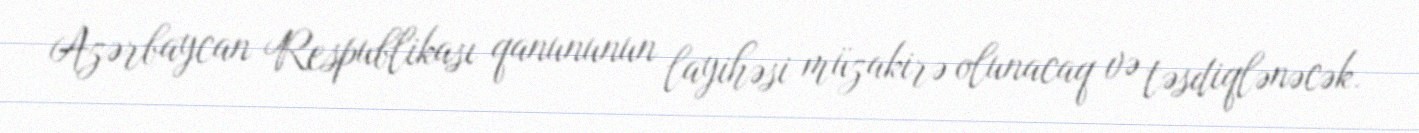
Azərbaycan Respublikası qanununun layihəsi müzakirə olunacaq və təsdiqlənəcək.